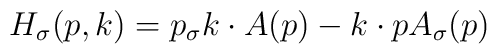
H_{\sigma}(p,k) = p_{\sigma} k\cdot A(p) - k\cdot p A_{\sigma} (p)